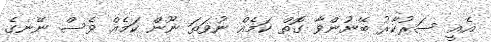
އެއީ ސަރުކާރު ބޭނުންވާ ގޮތް ކަމެއް ނުވަތަ ނޫން ކަމެއް ވެސް ނޭނގެ